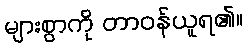
များစွာကို တာဝန်ယူရ၏။